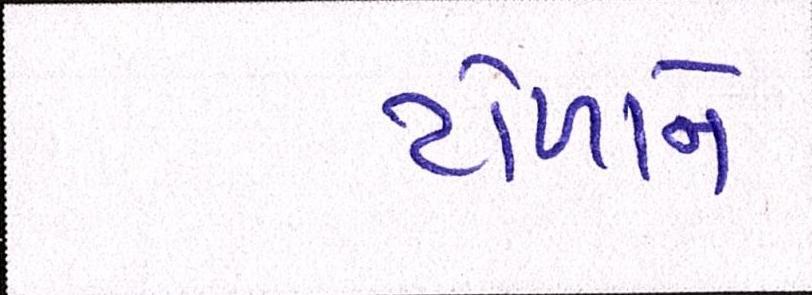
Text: ટોળાને